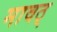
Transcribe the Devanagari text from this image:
मावठ्